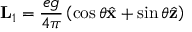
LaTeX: { \bf L } _ { 1 } = { \frac { e g } { 4 \pi } } \left( \cos \theta { \hat { \bf x } } + \sin \theta { \hat { \bf z } } \right)